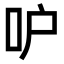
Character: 𠯖